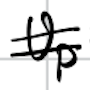
Text: Up
Cross-out: double-line
Writing tool: digital_black